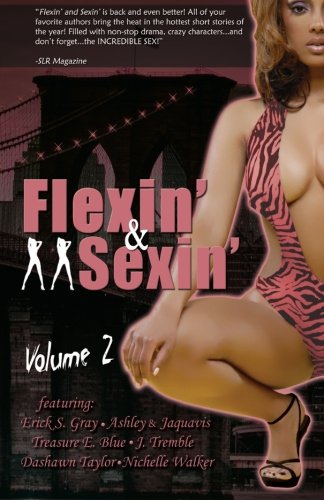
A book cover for Flexin & Sexin Volume 2; Ashley & Jaquavis; Romance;